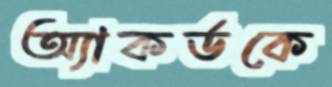
অ্যাকর্ডকে